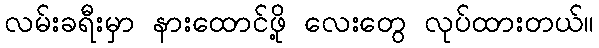
လမ်းခရီးမှာ နားထောင်ဖို့ လေးတွေ လုပ်ထားတယ်။